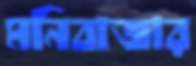
মনিবাজার